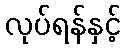
လုပ်ရန်နှင့်